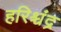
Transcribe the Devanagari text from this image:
हरिश्चंद्र